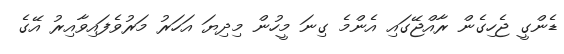
ޑެންގީ ޖެހިގެން ރާއްޖޭގައި އެންމެ ގިނަ މީހުން މިދިޔަ އަހަރު މަރުވެފައިވާއިރު އޭގެ